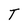
Character: T